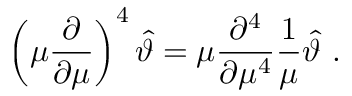
\left( \mu \frac { \partial } { \partial \mu } \right) ^ { 4 } \hat { \vartheta } = \mu \frac { \partial ^ { 4 } } { \partial \mu ^ { 4 } } \frac { 1 } { \mu } \hat { \vartheta } \ .